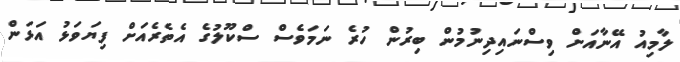
ލާމިއު އޭނާއަށް ވިސްނައިދިނުމުން ބިރުން ހުރެ ނަމަވެސް ސްކޫލުގެ އެތެރެއަށް ފިޔަވަޅު އަޅަން